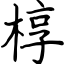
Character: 椁